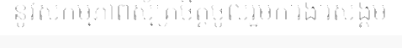
នូវសកម្មភាពស្ម័គ្រចិត្តចូលរួមការងារសង្គម